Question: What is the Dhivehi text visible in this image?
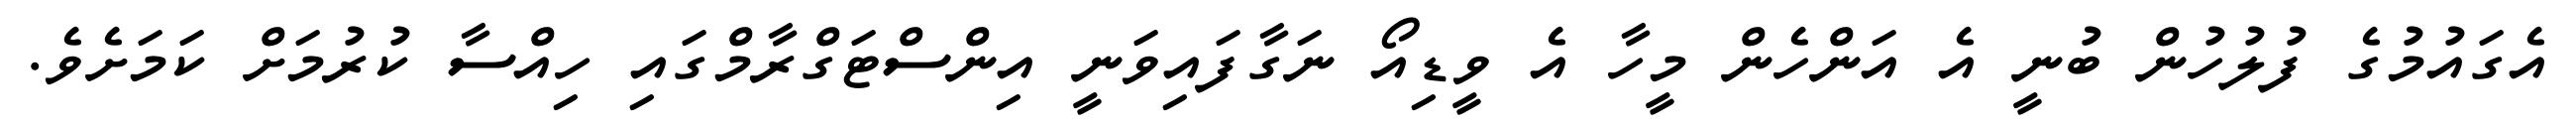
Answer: އެގައުމުގެ ފުލުހުން ބުނީ އެ އަންހެން މީހާ އެ ވީޑިއޯ ނަގާފައިވަނީ އިންސްޓަގްރާމްގައި ހިއްސާ ކުރުމަށް ކަމަށެވެ.